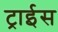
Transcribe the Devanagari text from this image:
ट्राईस